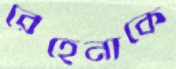
রেহেনাকে